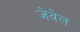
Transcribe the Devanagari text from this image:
जेवेल